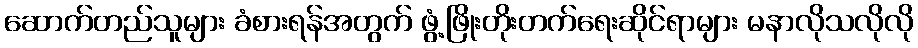
ဆောက်တည်သူများ ခံစားရန်အတွက် ဖွံ့ဖြိုးတိုးတက်ရေးဆိုင်ရာများ မနာလိုသလိုလို